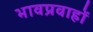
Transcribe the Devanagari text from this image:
भावप्रवाहों